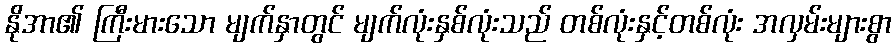
နိုအာ၏ ကြီးမားသော မျက်နှာတွင် မျက်လုံးနှစ်လုံးသည် တစ်လုံးနှင့်တစ်လုံး အလှမ်းများစွာ